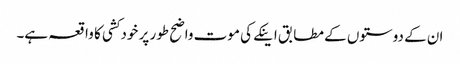
ان کے دوستوں کے مطابق اینکے کی موت واضح طور پر خودکشی کا واقعہ ہے۔